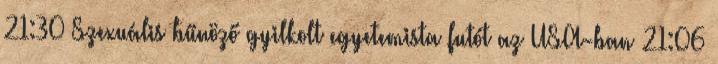
21:30 Szexuális bűnöző gyilkolt egyetemista futót az USA-ban 21:06